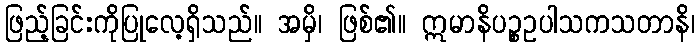
ဖြည့်ခြင်းကိုပြုလေ့ရှိသည်။ အမှိ၊ ဖြစ်၏။ ဣမာနိပဉ္စဥပါသကသတာနိ၊